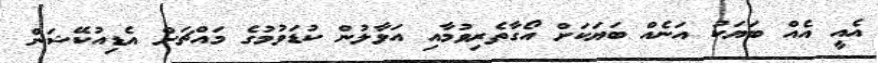
އެއީ އެއް ބަޔަކު އަނެއް ބަޔަކަށް އޯގާތެރިވުމާއި އަޅާލުން ކުޑަވުމުގެ މައްޗަށް އެޑިއުކޭޝަން